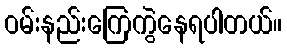
ဝမ်းနည်းကြေကွဲနေရပါတယ်။